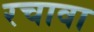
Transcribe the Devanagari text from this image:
रचावा